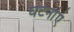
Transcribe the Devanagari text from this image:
घटनांएं